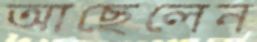
আছেলেন